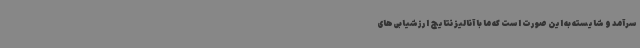
سرآمد و شایسته به این صورت است که ما با آنالیز نتایج ارزشیابی‌های